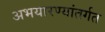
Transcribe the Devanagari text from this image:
अभयारण्यांतर्गत